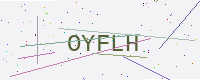
Text: OYFLH